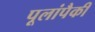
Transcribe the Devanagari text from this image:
पूलांपैकी